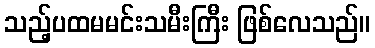
သည့်ပထမမင်းသမီးကြီး ဖြစ်လေသည်။